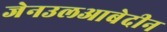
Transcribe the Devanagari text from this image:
जेनउलआबेदीन